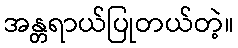
အန္တရာယ်ပြုတယ်တဲ့။